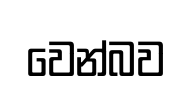
වෙන්බව